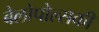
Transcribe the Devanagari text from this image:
बेलोपोल्सकी